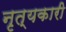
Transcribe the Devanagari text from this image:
नृत्यकारी